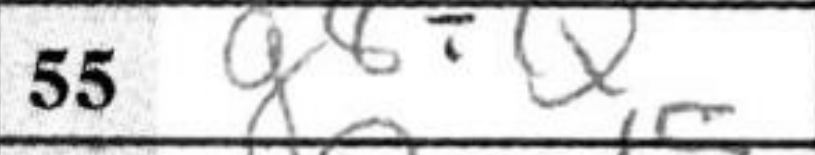
Transcription: g8=Q